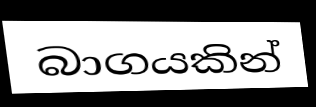
බාගයකින්